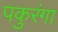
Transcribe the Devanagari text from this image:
पकुरंगा